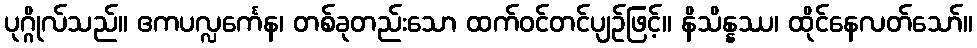
ပုဂ္ဂိုလ်သည်။ ဧကပလ္လင်္ကေန၊ တစ်ခုတည်းသော ထက်ဝင်တင်ပျဉ်ဖြင့်။ နိသိန္နဿ၊ ထိုင်နေလတ်သော်။